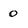
Character: 0